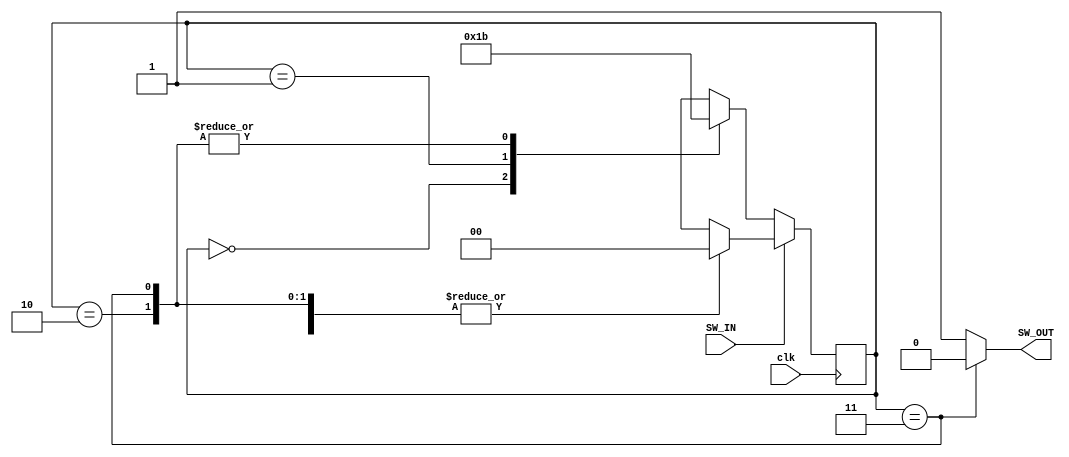
module keyboard_shake(clk,SW_IN,SW_OUT);
input clk,SW_IN;
output reg SW_OUT;

parameter S0=0,S1=1,S2=2,S3=3;
reg [1:0]state;

always @ (state)
begin
	if (state==S3) SW_OUT=1'b0;
	else SW_OUT=1'b1;
end

always @ (posedge clk)
begin
	if (SW_IN == 1'b0)
		begin
		case (state)
			S0:state<=S1;
			S1:state<=S2;
			S2:state<=S3;
			S3:state<=S3;
			default:state<=S0;
		endcase
		end
	else
		begin
		case (state)
			S0:state<=S0;
			S1:state<=S0;
			S2:state<=S0;
			S3:state<=S0;
			default:state<=S0;
		endcase
		end
end
endmodule